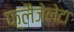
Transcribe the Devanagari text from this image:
फ़्लैजेलेटा